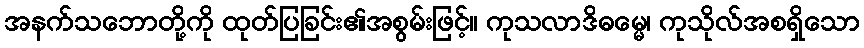
အနက်သဘောတို့ကို ထုတ်ပြခြင်း၏အစွမ်းဖြင့်။ ကုသလာဒိဓမ္မေ၊ ကုသိုလ်အစရှိသော